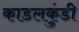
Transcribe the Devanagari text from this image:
काडलकुंडी